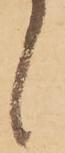
候